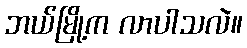
ဘယ်မြို့က လာပါသလဲ။